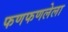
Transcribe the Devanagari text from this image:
फणफणलेला